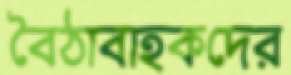
বৈঠাবাহকদের